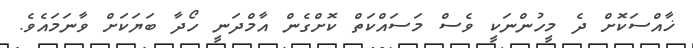
ޚާއްސަކޮށް ދެ މީހުންނަކީ ވެސް މަސައްކަތް ކޮށްގެން އާމްދަނީ ހޯދާ ބަޔަކަށް ވާނަމައެވެ.